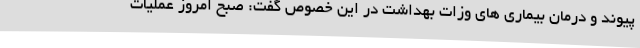
پیوند و درمان بیماری های وزات بهداشت در این خصوص گفت: صبح امروز عملیات